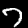
Label: 7